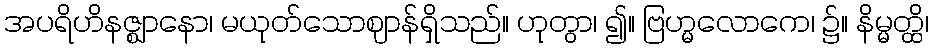
အပရိဟိနဇ္ဈာနော၊ မယုတ်သောဈာန်ရှိသည်။ ဟုတွာ၊ ၍။ ဗြဟ္မလောကေ၊ ၌။ နိမ္မတ္ထိ၊